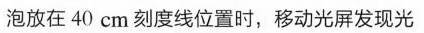
泡放在40cm刻度线位置时，移动光屏发现光